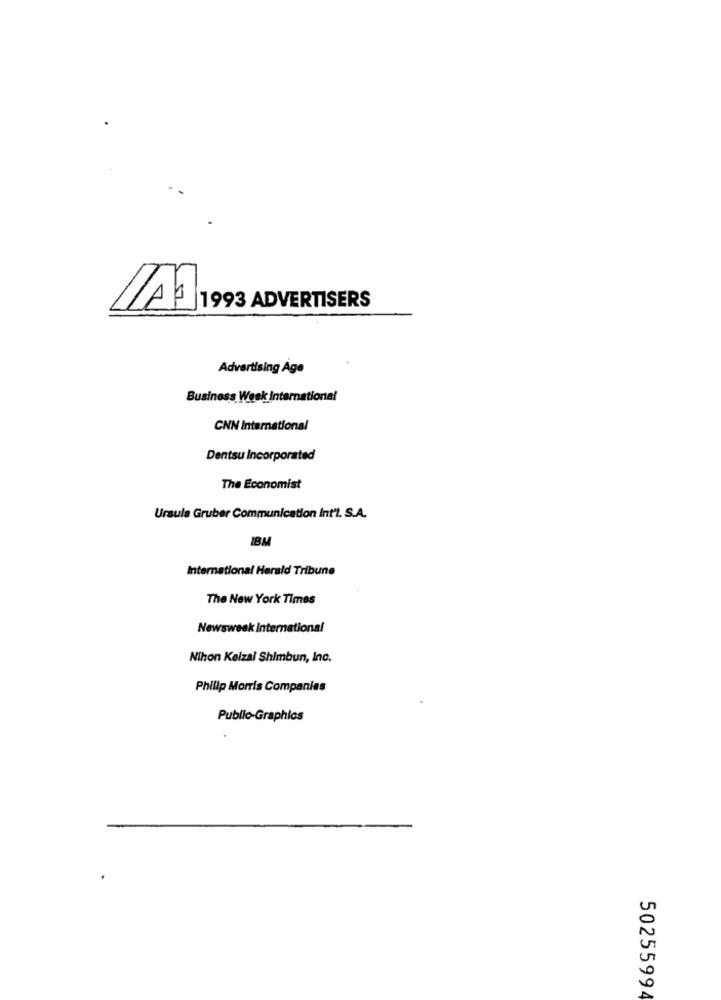
1993 ADVERTISERS
Advertising Age
Business Week International
CNN International
Dentsu Incorporated
The Economist
Ursula Gruber Communication Int'L. S.A.
IBM
International Herald Tribune
The New York Times
Newsweek International
Nihon Keizal Shimbun, Inc.
Philip Morris Companies
Public-Graphics
50255994